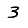
Digit: 3